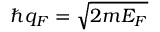
\hbar q _ { F } = \sqrt { 2 m E _ { F } }